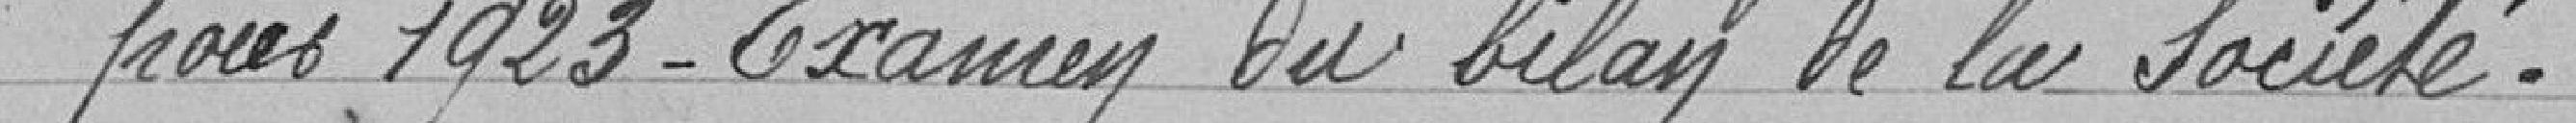
pous 1923- Examen Du bilan de la Société.